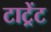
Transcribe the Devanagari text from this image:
टाट्रेंट